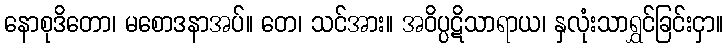
နောစုဒိတော၊ မစောဒနာအပ်။ တေ၊ သင်အား။ အဝိပ္ပဋိသာရာယ၊ နှလုံးသာရွှင်ခြင်းငှာ။